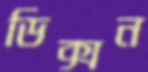
ডিক্সন